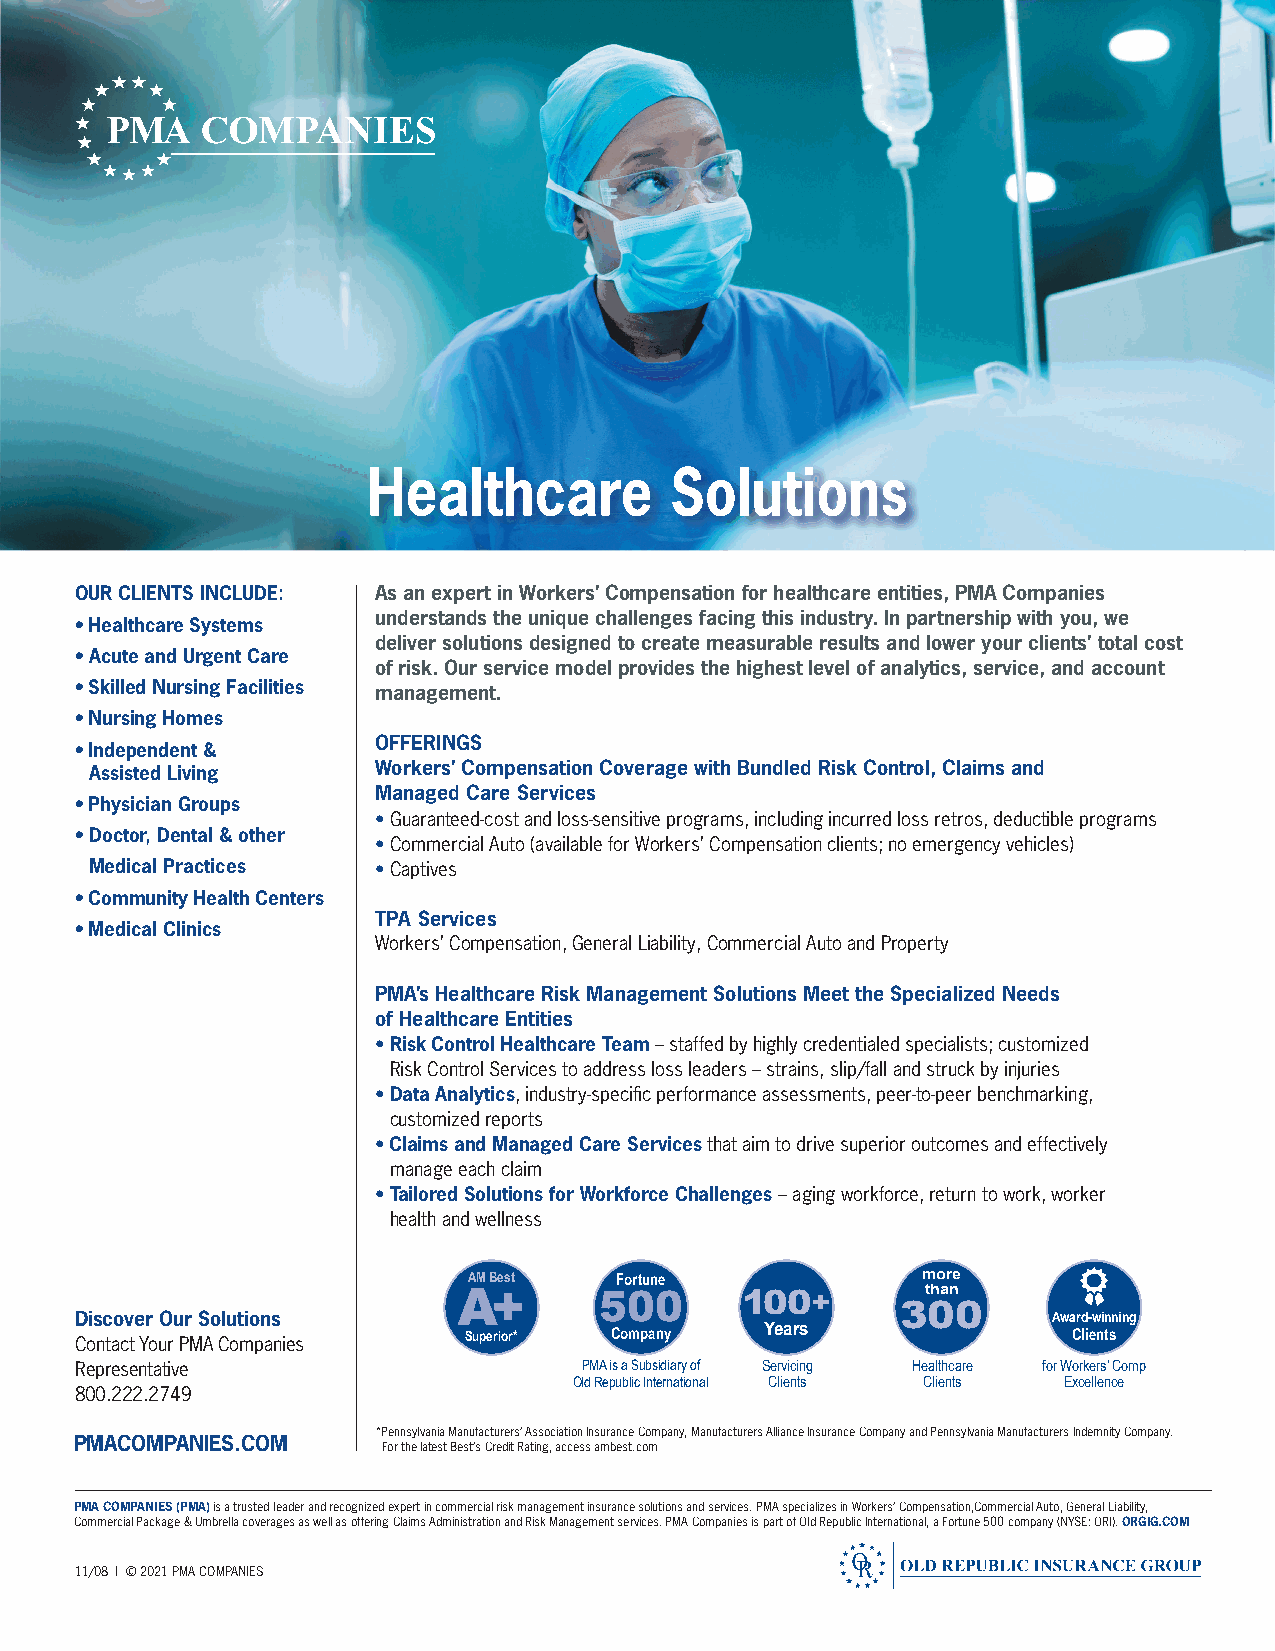
Healthcare          Solutions
 OUR CLIENTS INCLUDE: As an expert in Workers’ Compensation for healthcare entities, PMA Companies
 understands the unique challenges facing this industry. In partnership with you, we
 • Healthcare Systems
 deliver solutions designed to create measurable results and lower your clients’ total cost
 • Acute and Urgent Care
 of risk. Our service model provides the highest level of analytics, service, and account
 • Skilled Nursing Facilities management.
 • Nursing Homes
 OFFERINGS
 • Independent &
 Assisted Living    Workers’ Compensation Coverage with Bundled Risk Control, Claims and
 Managed Care Services
 • Physician Groups
 • Guaranteed-cost and loss-sensitive programs, including incurred loss retros, deductible programs
 • Doctor, Dental & other
 • Commercial Auto (available for Workers’ Compensation clients; no emergency vehicles)
 Medical Practices  •C aptives
 • Community Health Centers
 TPA Services
 • Medical Clinics
 Workers’ Compensation, General Liability, Commercial Auto and Property
 PMA’s Healthcare Risk Management Solutions Meet the Specialized Needs
 of Healthcare Entities
 • Risk Control Healthcare Team – staffed by highly credentialed specialists; customized
 Risk Control Services to address loss leaders – strains, slip/fall and struck by injuries
 • Data Analytics, industry-specifi c performance assessments, peer-to-peer benchmarking,
 customized reports
 • Claims and Managed Care Services that aim to drive superior outcomes and effectively
 manage each claim
 • Tailored Solutions for Workforce Challenges – aging workforce, return to work, worker
 health and wellness
 AM Best   Fortune             more
 A+        500      100+        than
 300
 Discover Our Solutions                                           Award-winning
 Contact Your PMA Companies Superior* Company  Years               Clients
 Representative                    PMA is a Subsidiary of Servicing Healthcare for Workers’ Comp
 Old Republic International Clients Clients Excellence
 800.222.2749
 * Pennsylvania Manufacturers’ Association Insurance Company, Manufacturers Alliance Insurance Company and Pennsylvania Manufacturers Indemnity Company.
 PMACOMPANIES.COM
 For the latest Best’s Credit Rating, access ambest.com
 PMA COMPANIES (PMA)is a trusted leader and recognized expert in commercial risk management insurance solutions and services. PMA specializes in Workers’ Compensation,Commercial Auto, General Liability,
 Commercial Package & Umbrella coverages as well as offering Claims Administration and Risk Management services. PMA Companies is part of Old Republic International, a Fortune 500 company (NYSE: ORI). ORGIG.COM
 11/08 l © 2021 PMA COMPANIES